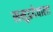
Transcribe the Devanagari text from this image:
समुद्रदेवाला